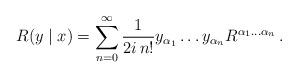
LaTeX: \begin{align*}R(y\mid x)=\sum_{n=0}^{\infty}\frac{1}{2i\,n!}y_{\alpha_1}\ldots y_{\alpha_n}R^{\alpha_1\ldots\alpha_n}\,.\end{align*}